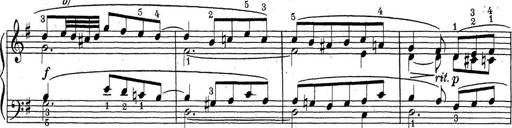
Title: ÄŒeskÃ© Sonatiny
Composer: Various